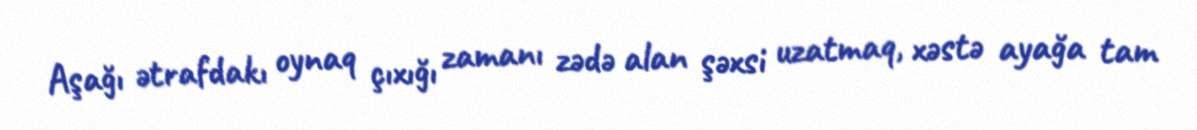
Aşağı ətrafdakı oynaq çıxığı zamanı zədə alan şəxsi uzatmaq, xəstə ayağa tam